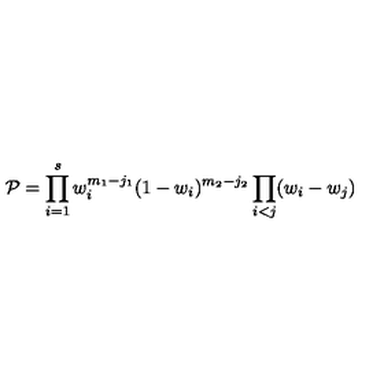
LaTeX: { \cal P } = \prod _ { i = 1 } ^ { s } w _ { i } ^ { m _ { 1 } - j _ { 1 } } ( 1 - w _ { i } ) ^ { m _ { 2 } - j _ { 2 } } \prod _ { i < j } ( w _ { i } - w _ { j } )